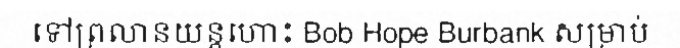
ទៅព្រលានយន្តហោះ Bob Hope Burbank សម្រាប់